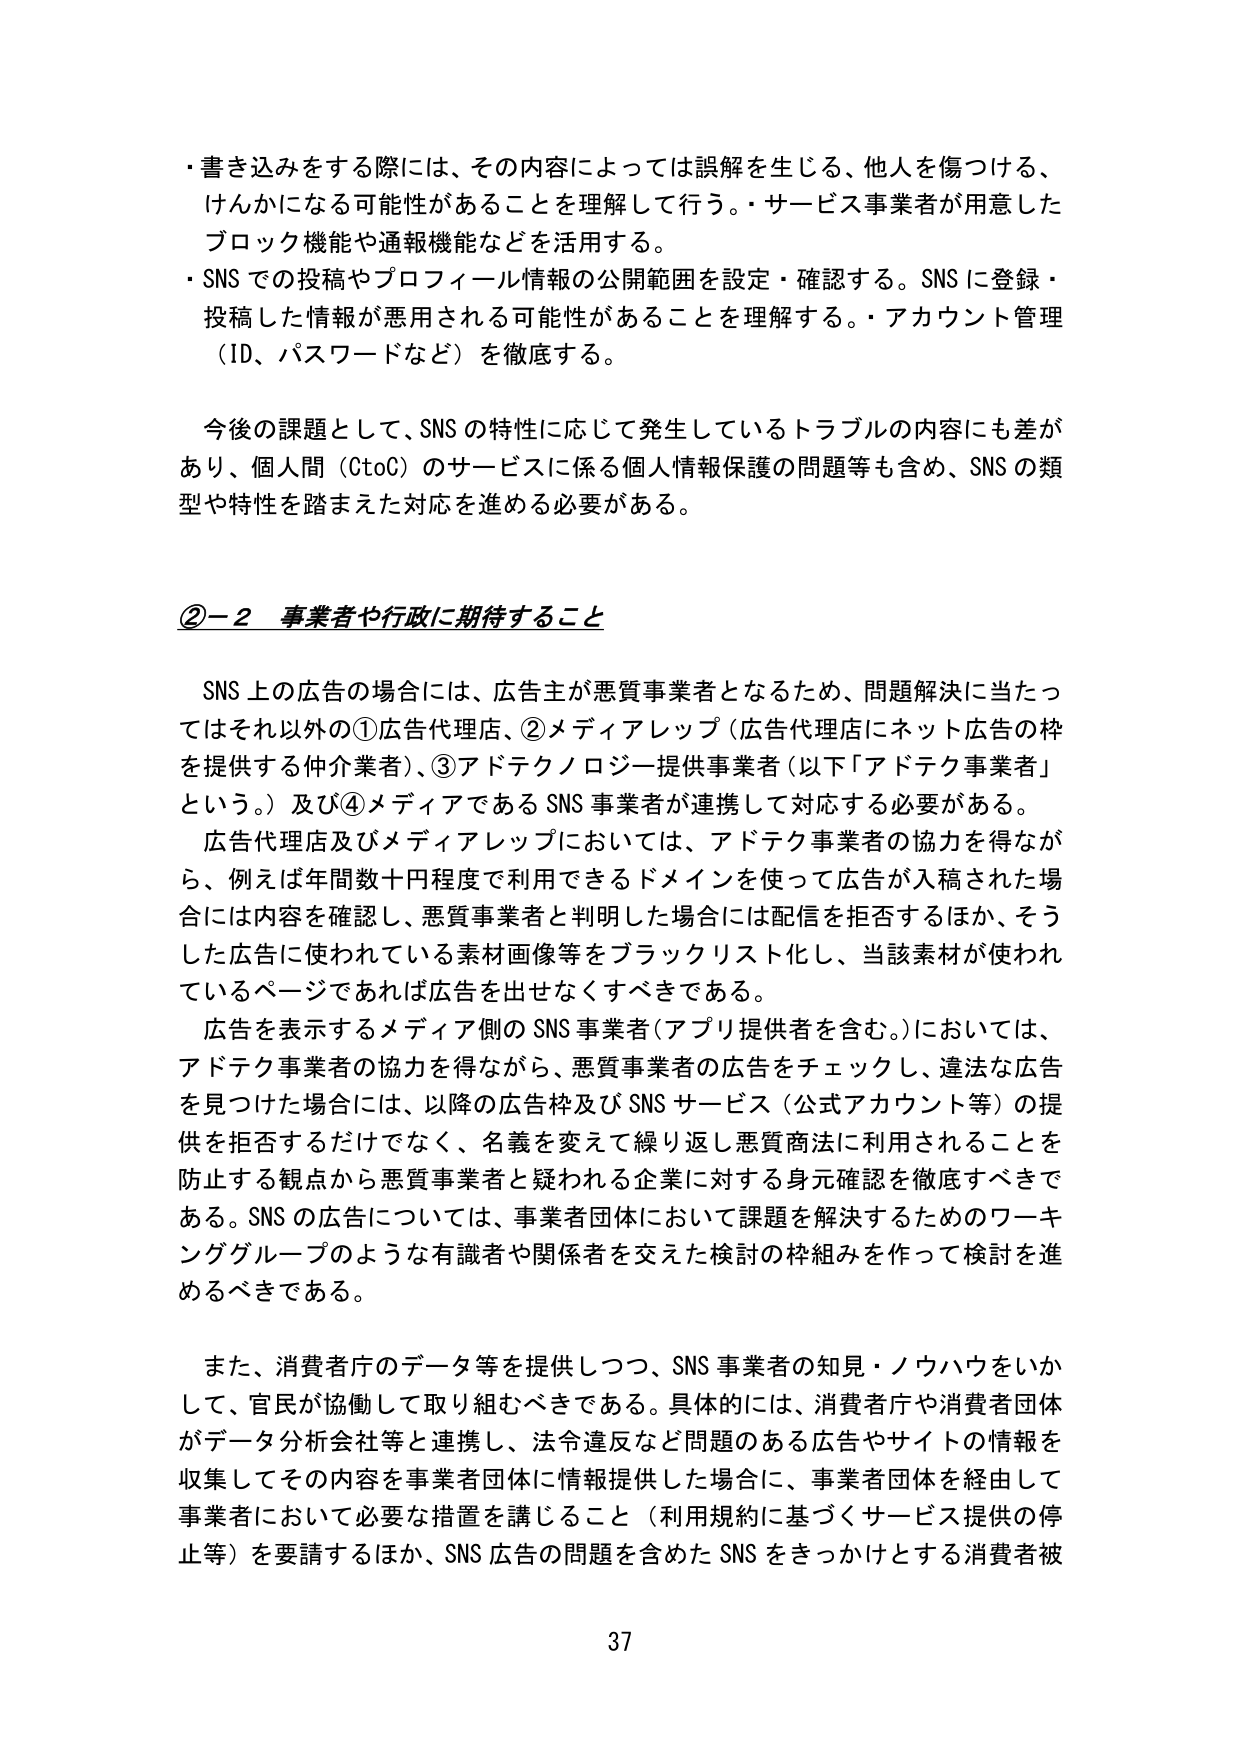
・書き込みをする際には、その内容によっては誤解を生じる、他人を傷つける、けんかになる可能性があることを理解して行う。・サービス事業者が用意したブロック機能や通報機能などを活用する。
・SNSでの投稿やプロフィール情報の公開範囲を設定・確認する。SNSに登録・投稿した情報が悪用される可能性があることを理解する。・アカウント管理（ID、パスワードなど）を徹底する。

今後の課題として、SNSの特性に応じて発生しているトラブルの内容にも差があり、個人間（CtoC）のサービスに係る個人情報保護の問題等も含め、SNSの類型や特性を踏まえた対応を進める必要がある。

②－２ 事業者や行政に期待すること

SNS上の広告の場合には、広告主が悪質事業者となるため、問題解決に当たってはそれ以外の①広告代理店、②メディアレップ（広告代理店にネット広告の枠を提供する仲介業者）、③アドテクノロジー提供事業者（以下「アドテク事業者」という。）及び④メディアであるSNS事業者が連携して対応する必要がある。
広告代理店及びメディアレップにおいては、アドテク事業者の協力を得ながら、例えば年間数十円程度で利用できるドメインを使って広告が入稿された場合には内容を確認し、悪質事業者と判明した場合には配信を拒否するほか、そうした広告に使われている素材画像等をブラックリスト化し、当該素材が使われているページであれば広告を出せなくすべきである。
広告を表示するメディア側のSNS事業者（アプリ提供者を含む。）においては、アドテク事業者の協力を得ながら、悪質事業者の広告をチェックし、違法な広告を見つけた場合には、以降の広告枠及びSNSサービス（公式アカウント等）の提供を拒否するだけでなく、名義を変えて繰り返し悪質商法に利用されることを防止する観点から悪質事業者と疑われる企業に対する身元確認を徹底すべきである。SNSの広告については、事業者団体において課題を解決するためのワーキンググループのような有識者や関係者を交えた検討の枠組みを作って検討を進めるべきである。

また、消費者庁のデータ等を提供しつつ、SNS事業者の知見・ノウハウをいかして、官民が協働して取り組むべきである。具体的には、消費者庁や消費者団体がデータ分析会社等と連携し、法令違反など問題のある広告やサイトの情報を収集してその内容を事業者団体に情報提供した場合に、事業者団体を経由して事業者において必要な措置を講じること（利用規約に基づくサービス提供の停止等）を要請するほか、SNS広告の問題を含めたSNSをきっかけとする消費者被

37